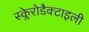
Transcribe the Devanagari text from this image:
स्क्लेरोडैक्टाइली